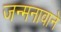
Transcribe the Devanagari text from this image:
जन्मनावाने